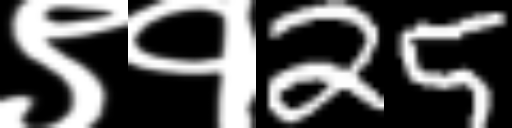
Text: ९१25